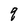
Character: q